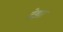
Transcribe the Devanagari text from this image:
देझा